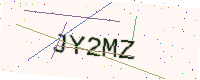
Text: JY2MZ